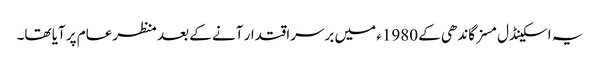
یہ اسکینڈل مسز گاندھی کے 1980ء میں برسراقتدار آنے کے بعد منظرعام پر آیا تھا۔